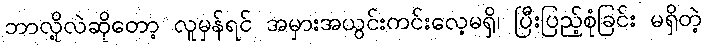
ဘာလို့လဲဆိုတော့ လူမှန်ရင် အမှားအယွင်းကင်းလေ့မရှိ၊ ပြီးပြည့်စုံခြင်း မရှိတဲ့